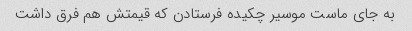
به جای ماست موسیر چکیده فرستادن که قیمتش هم فرق داشت